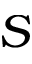
{ \cal S }